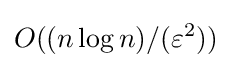
O((n\log {n})/(\varepsilon ^{2}))